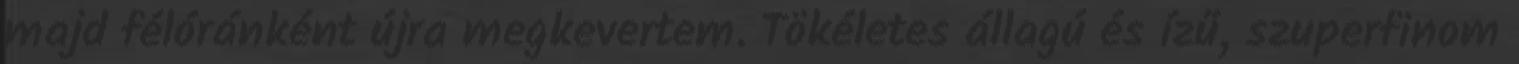
majd félóránként újra megkevertem. Tökéletes állagú és ízű, szuperfinom